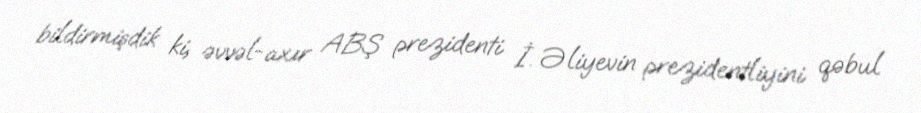
bildirmişdik ki, əvvəl-axır ABŞ prezidenti İ. Əliyevin prezidentliyini qəbul